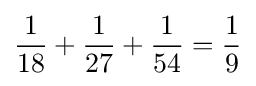
{\frac {1}{18}}+{\frac {1}{27}}+{\frac {1}{54}}={\frac {1}{9}}